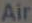
Air